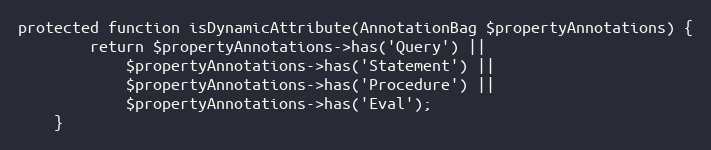
Language: PHP
protected function isDynamicAttribute(AnnotationBag $propertyAnnotations) {
		return $propertyAnnotations->has('Query') ||
			$propertyAnnotations->has('Statement') ||
			$propertyAnnotations->has('Procedure') ||
			$propertyAnnotations->has('Eval');
	}